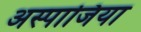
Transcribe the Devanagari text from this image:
अस्पाजिया